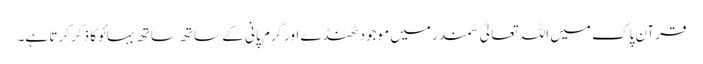
قرآن پاک میں اللہ تعالیٰ سمندر میں موجودٹھنڈے اورگرم پانی کے ساتھ ساتھ بہائو کا ذکر کرتا ہے۔